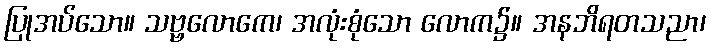
ပြုအပ်သော။ သဗ္ဗလောကေ၊ အလုံးစုံသော လောက၌။ အနဘိရတသညာ၊